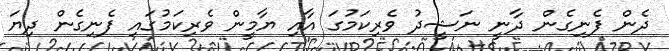
ދެން ފެނިގެން ދާނީ ނަޝީދު ވެރިކަމުގަ އާއި ޔާމީން ވެރިކަމުގައި ފެނިގެން ދިޔަ